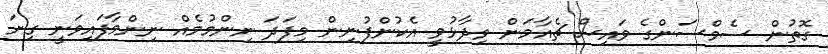
ގޮތުން ސެމްސަންގެ ވައިސް ޗެއާމަން ވިދާޅުވީ އެކުންފުނިން މިފަދަ ނިންމުމެއް ނިންމާފައިވަނީ ގިނަ